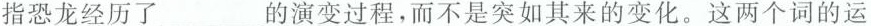
指恐龙经历了___的演变过程，而不是突如其来的变化。这两个词的运